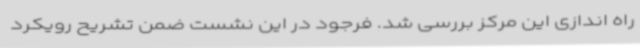
راه اندازی این مرکز بررسی شد. فرجود در این نشست ضمن تشریح رویکرد